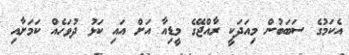
އެކަމުގެ ސަބަބުން މިއަދަކީ ރާއްޖޭގެ މީޑިއާ އަށް އައި ކަޅު ދުވަހެއް ކަމަށާއި